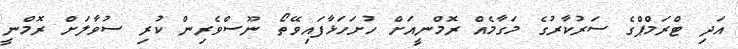
އަދި ޓްރަމްޕްގެ ސަރުކާރުގެ މަގާމެއް ރޮމްނީއަށް ހުށަހަޅާފައިވޭތޯ ނޫސްވެރިން ކުރި ސުވާލަށް ރޮމްނީ